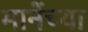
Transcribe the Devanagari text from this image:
मानेंच्या